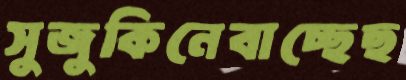
সুজুকিনেবাচ্ছেছ